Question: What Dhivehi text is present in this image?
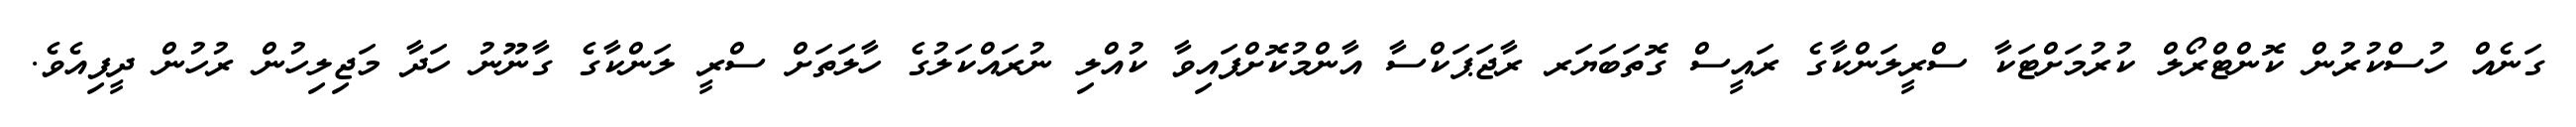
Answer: ގަނެއް ހުސްކުރުން ކޮންޓްރޯލް ކުރުމަށްޓަކާ ސްރީލަންކާގެ ރައީސް ގޮތަބަޔަރ ރާޖަޕަކްސާ އާންމުކޮށްފައިވާ ކުއްލި ނުރައްކަލުގެ ހާލަތަށް ސްރީ ލަންކާގެ ގާނޫނު ހަދާ މަޖިލިހުން ރުހުން ދީފިއެވެ.